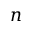
n